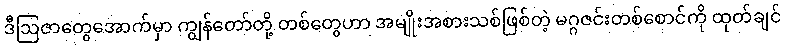
ဒီဩဇာတွေအောက်မှာ ကျွန်တော်တို့ တစ်တွေဟာ အမျိုးအစားသစ်ဖြစ်တဲ့ မဂ္ဂဇင်းတစ်စောင်ကို ထုတ်ချင်